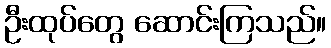
ဦးထုပ်တွေ ဆောင်းကြသည်။